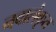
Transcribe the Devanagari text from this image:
नवालंकृत